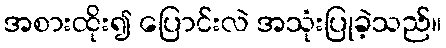
အစားထိုး၍ ပြောင်းလဲ အသုံးပြုခဲ့သည်။